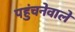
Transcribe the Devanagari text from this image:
पहुंचनेवाले